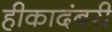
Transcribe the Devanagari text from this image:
हीकादंबरी